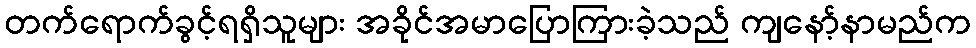
တက်ရောက်ခွင့်ရရှိသူများ အခိုင်အမာပြောကြားခဲ့သည် ကျနော့်နာမည်က